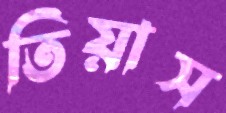
তিয়াস